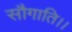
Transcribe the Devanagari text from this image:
सौगाति।।